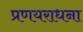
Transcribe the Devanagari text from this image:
प्रणयराधना